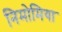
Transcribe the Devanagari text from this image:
निमोमिया